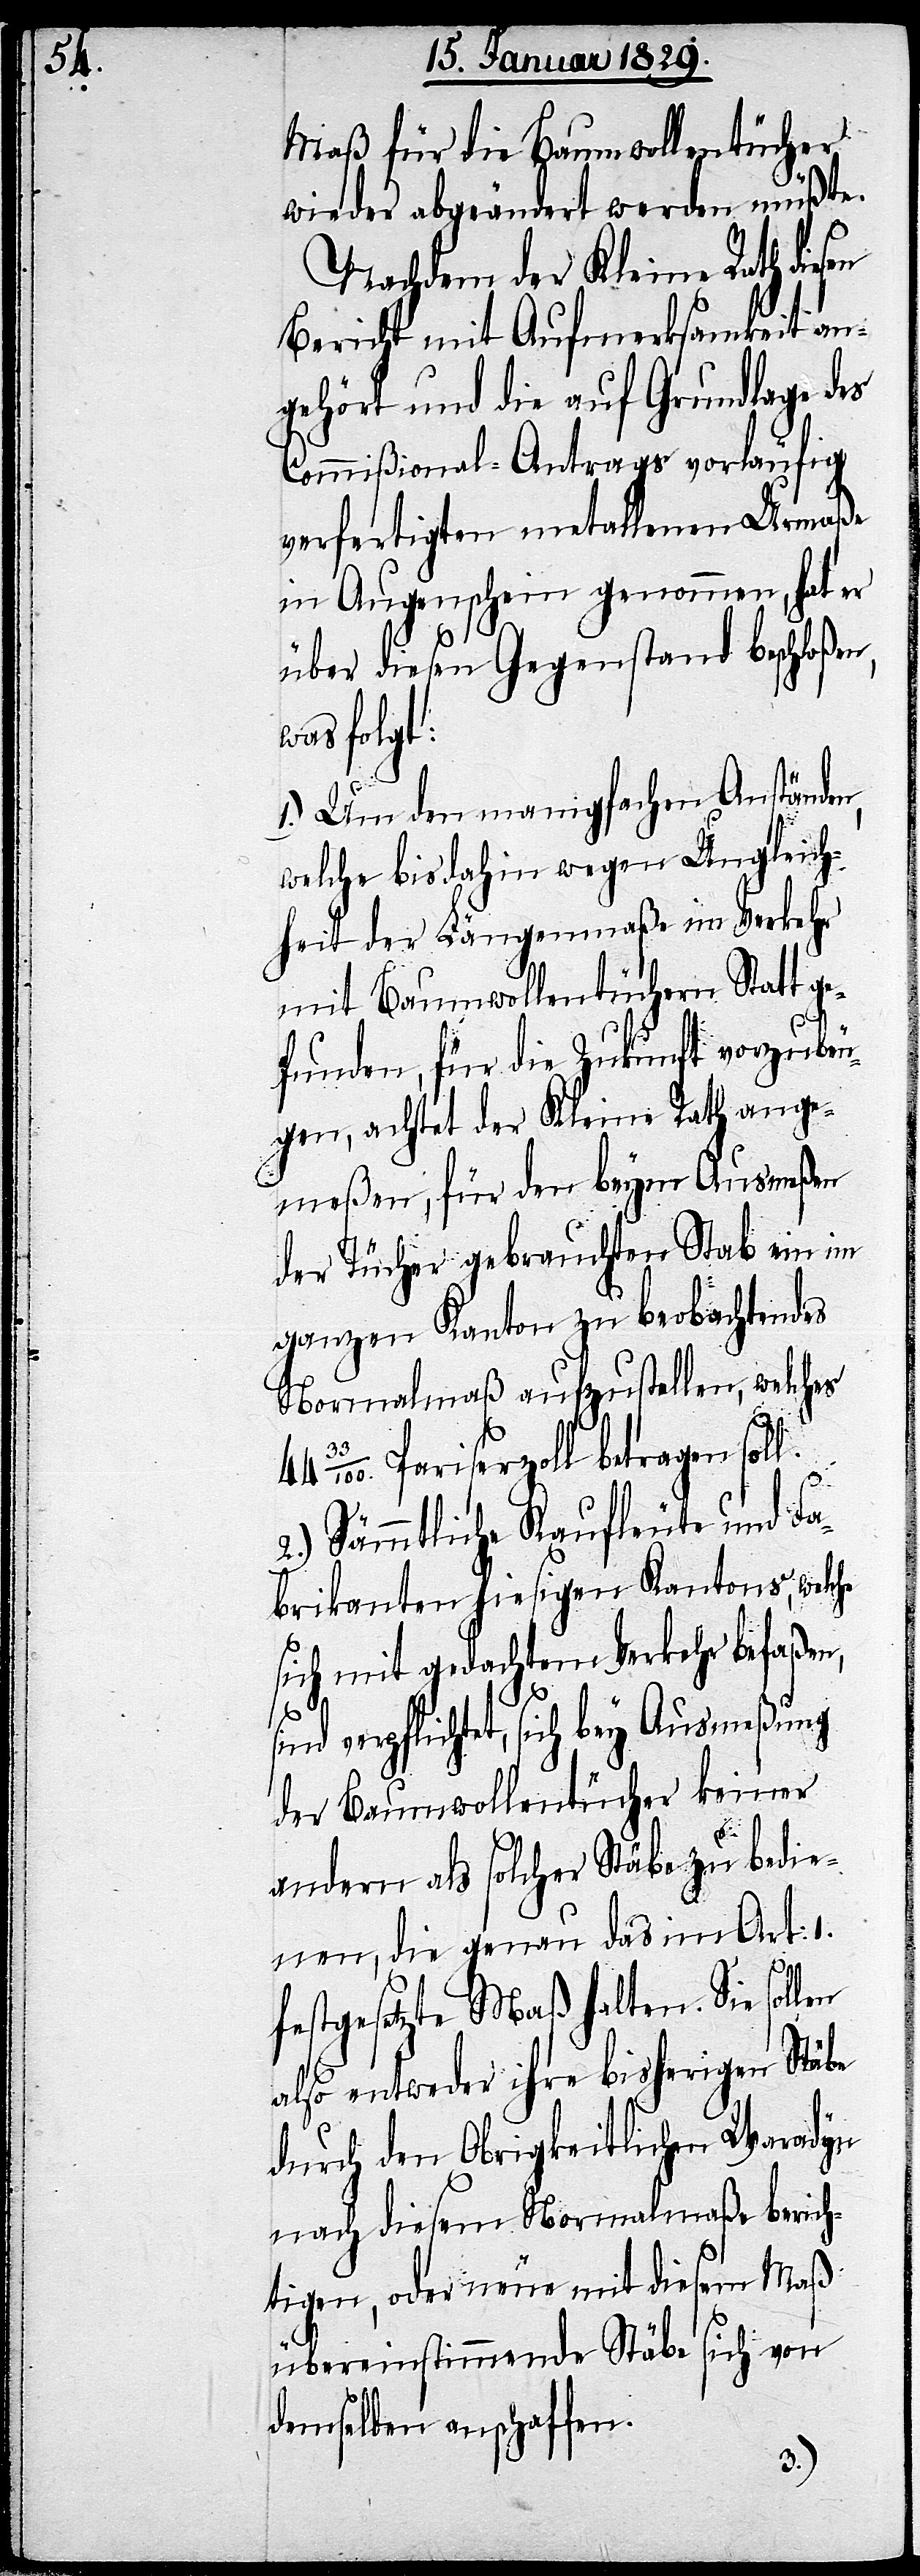
Maß für die Baumwolltücher
wieder abgeändert werden müßte.
Nachdem der Kleine Rath diesen
Bericht mit Aufmerksamkeit an¬
gehört und die auf Grundlage des
Commißional-Antrags vorläufig
verfertigten metallenen Urmaße
in Augenschein genommen, hat er
über diesen Gegenstand beschloßen,
was folgt:
1.) Um den manigfachen Anständen,
welche bis dahin wegen Ungleich¬
heit der Längenmaße im Verkehr
mit Baumwolltüchern Statt g¬
efunden, für die Zukunft vorzubeu¬
gen, achtet der Kleine Rath ange¬
meßen, für den beym Ausmeßen
der Tücher gebrauchten Stab ein im
ganzen Kanton zu beobachtendes
Normalmaß aufzustellen, welches
Pariserzoll betragen sol¬
en
2.) Sämmtliche Kaufleute und Fa¬
brikanten hiesigen Kantons, welche
sich mit gedachtem Verkehr befaßen,
verpflichtet, sich bey Ausmeßung
der Baumwolltücher keiner
andern als solcher Stäbe zu bedie¬
nen, die genau das im Art: 2.
festgesetzte Maß halten. Sie soll¬
also entweder ihre bisherigen Stäbe
durch den Obrigkeitlichen Waradyn
nach diesem Normalmaße berich¬
tigen, oder neue mit diesem Maß
übereinstimmende Stäbe sich von
demselben anschaffen.